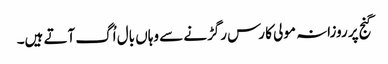
گنج پر روزانہ مولی کا رس رگڑنے سے وہاں بال اُگ آتے ہیں۔